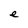
Character: e